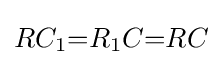
RC_{1}{=}R_{1}C{=}RC